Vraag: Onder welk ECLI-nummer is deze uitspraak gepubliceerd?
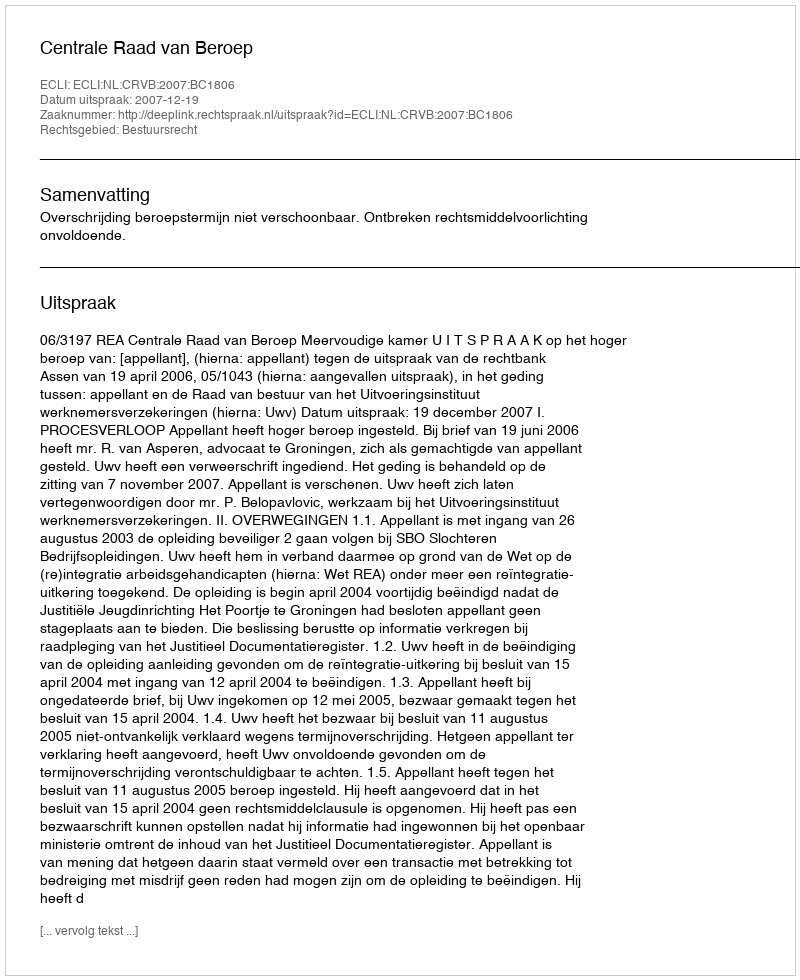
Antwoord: ECLI:NL:CRVB:2007:BC1806